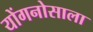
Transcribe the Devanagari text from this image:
योंगनोसाला